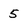
Character: 5